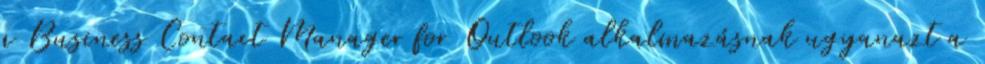
a Business Contact Manager for Outlook alkalmazásnak ugyanazt a